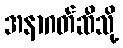
အနာဂတ်ဆီသို့